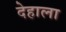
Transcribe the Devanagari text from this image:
देहाला